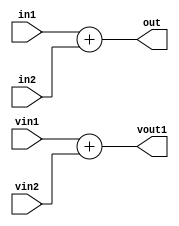
module f16_test(out, in1, in2, vin1, vin2, vout1);
output out;
input in1, in2;
input [1:0] vin1;
input [2:0] vin2;
output [3:0] vout1;
assign out = in1 + in2;
assign vout1 = vin1 + vin2;
endmodule